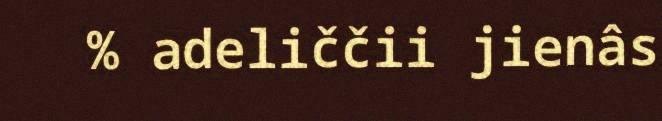
% adeliččii jienâs